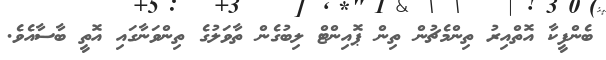
ބެންފީކާ އޮތްއިރު ތިންމެޗުން ތިން ޕޮއިންޓް ލިބުގެން ތާވަލުގެ ތިންވަނާގައި އޮތީ ބާސާއެވެ.